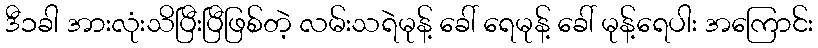
ဒီ၁ခါ အားလုံးသိပြီးပြီဖြစ်တဲ့ လမ်းသရဲမုန့် ခေါ် ရေမုန့် ခေါ် မုန့်ရေပါး အကြောင်း